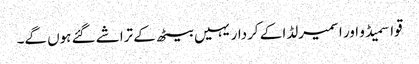
قواسمیڈو اور اسمیرلڈا کے کردار یہیں بیٹھ کے تراشے گئے ہوں گے۔